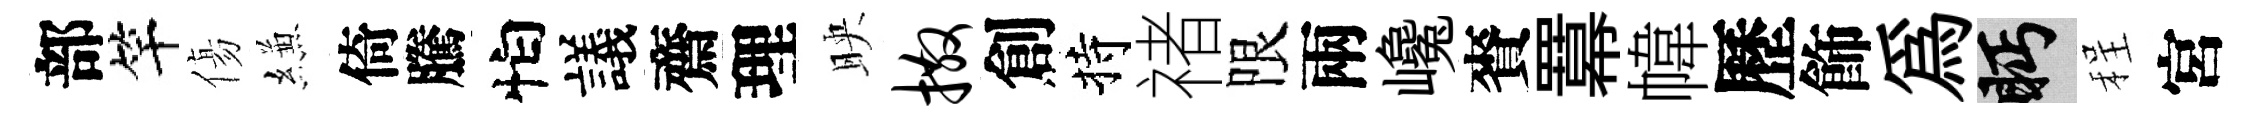
部竿傷縑倚騰怕議齋理映撒創持禇限兩巉賚羃幃歷飾為眄程宮